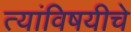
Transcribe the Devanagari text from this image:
त्यांविषयीचे